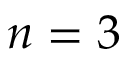
n = 3